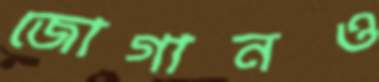
জোগানও